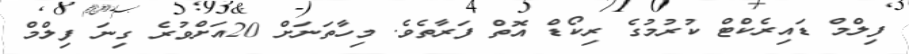
ފިލްމް ޑައިރެކްޓް ކުރުމުގެ ރިކޯޑް އޮތް ފަރާތެވެ. މިހާތަނަށް 20އަށްވުރެ ގިނަ ފިލްމް